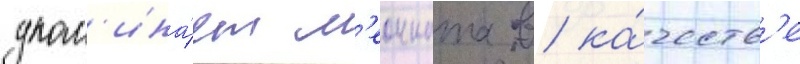
упом'ина́ет л'еонната в ка́честв'е